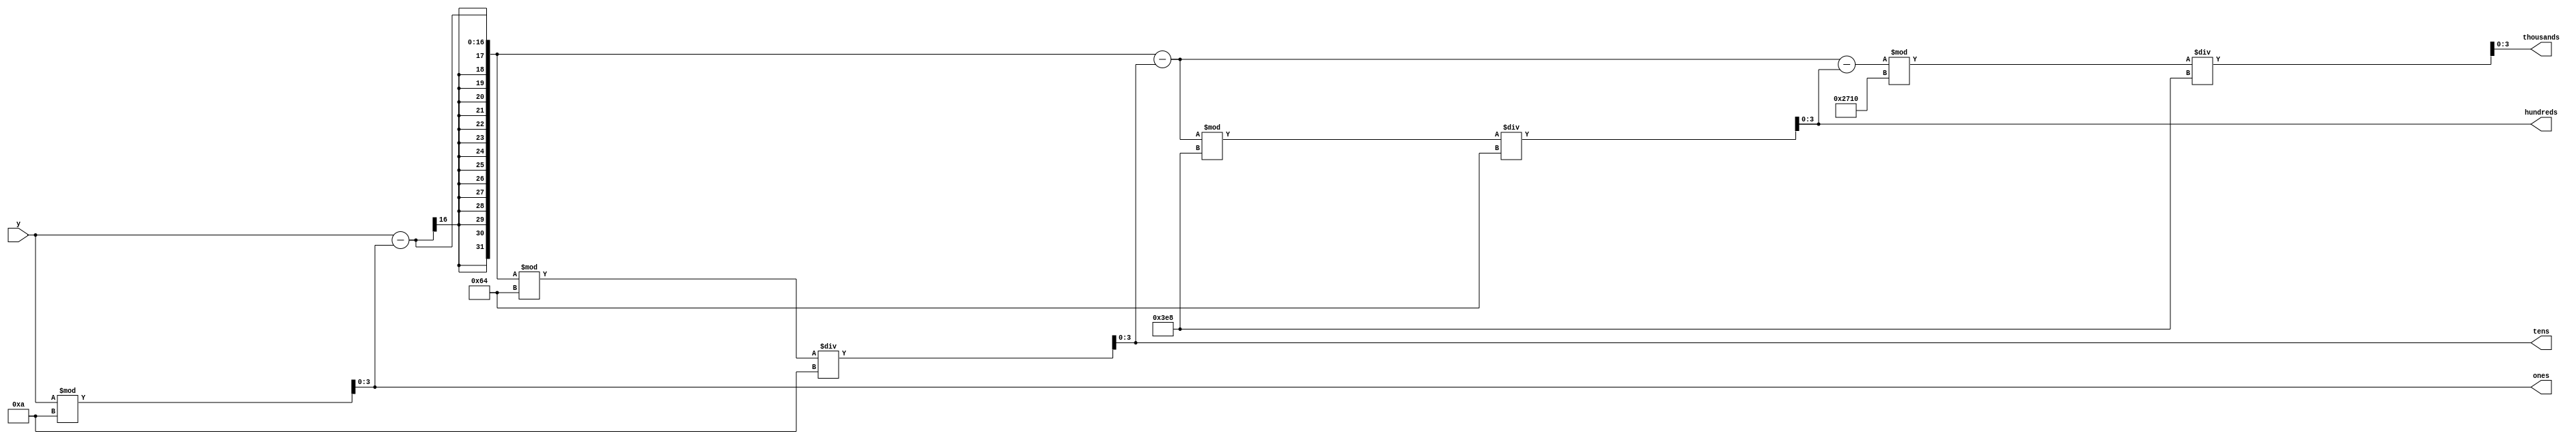
module BtoBCDmod (y,ones,tens,hundreds,thousands);

	input [15:0] y;

	
	output [3:0] ones,tens,hundreds,thousands;
	
	reg [3:0] ones,tens,hundreds,thousands;


	
	always @ (y)begin
	 ones = y % 10;
	 tens = ((y-ones) % 100)/10;
	 hundreds = ((y-ones-tens)% 1000)/100;
	 thousands = ((y-ones-tens-hundreds)%10000)/1000;
	end
	
	
endmodule